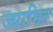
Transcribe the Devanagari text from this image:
ज्यामित